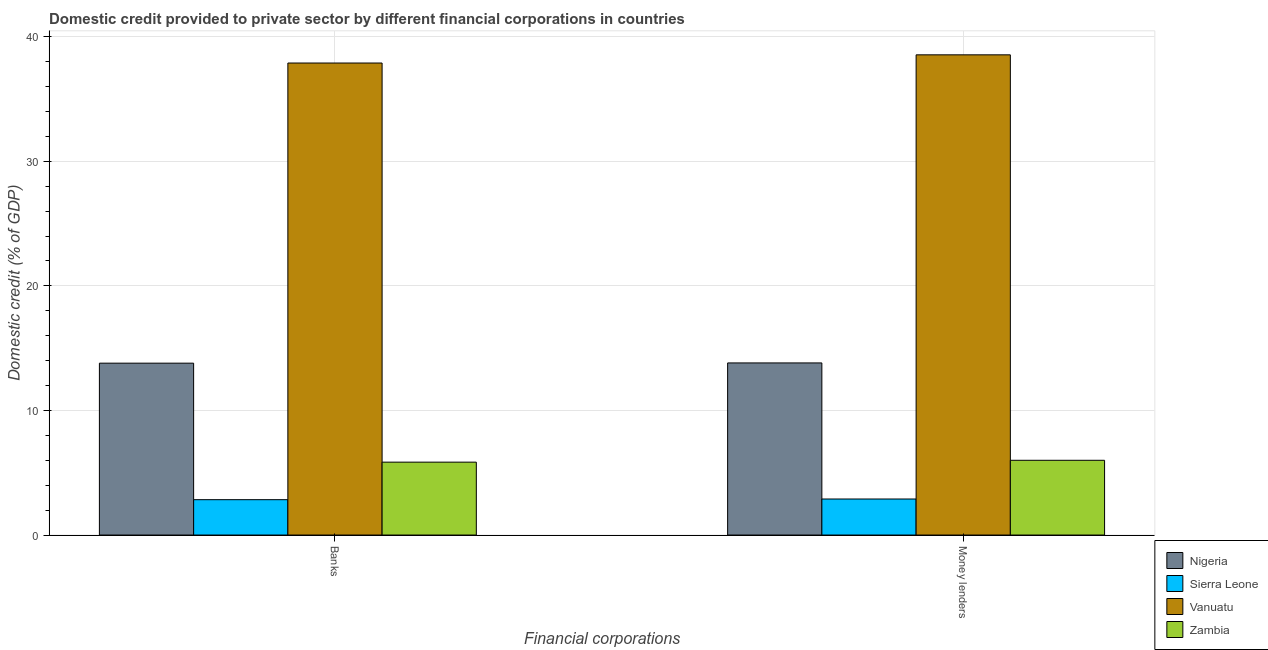
| Financial corporations | Nigeria | Sierra Leone | Vanuatu | Zambia |
 | --- | --- | --- | --- | --- |
 | Banks | 13.8 | 2.84 | 37.9 | 5.85 |
 | Money lenders | 13.8 | 2.89 | 38.5 | 6 |